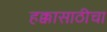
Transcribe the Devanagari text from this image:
हक्कासाठीचा